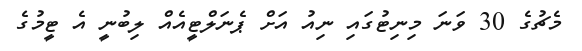
މެޗުގެ 30 ވަނަ މިނިޓުގައި ނިއު އަށް ޕެނަލްޓީއެއް ލިބުނީ އެ ޓީމުގެ